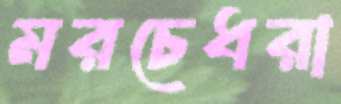
মরচেধরা